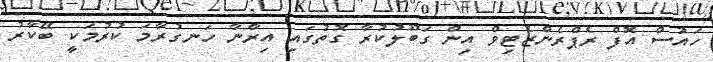
ހައުސް އޮފް ރެޕްރެންޒެޓިވް އިން ގަބޫލުކުރާ ގޮތުގައި އިރާނާ ހަނގުރާމަ ކުރުމަކީ ބޭކާރު